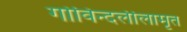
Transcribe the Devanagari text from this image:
गोविन्दलीलामृत